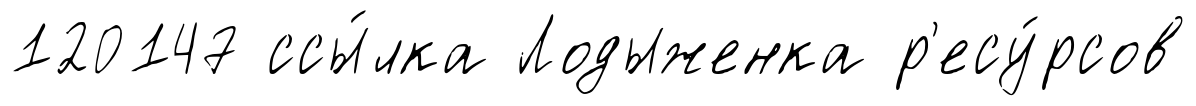
120147 ссы́лка Лодыженка р'есу́рсов